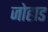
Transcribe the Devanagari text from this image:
जोहाड